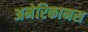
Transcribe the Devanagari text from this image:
अमेरिकानस